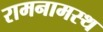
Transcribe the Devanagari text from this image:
रामनामस्थ